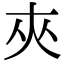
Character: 夾